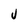
Character: V